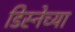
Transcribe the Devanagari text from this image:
डिस्नेच्या